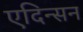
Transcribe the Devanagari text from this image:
एदिन्सन